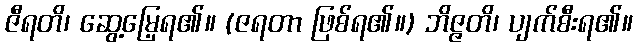
ဇီရတိ၊ ဆွေ့မြေ့ရ၏။ (ဇရတာ ဖြစ်ရ၏။) ဘိဇ္ဇတိ၊ ပျက်စီးရ၏။